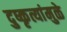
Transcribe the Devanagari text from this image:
दुष्कृत्यांमुळे